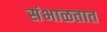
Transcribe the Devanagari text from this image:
संभाळतात